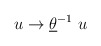
\begin{align*}u \rightarrow \underline{\theta} ^{-1} ~u\end{align*}